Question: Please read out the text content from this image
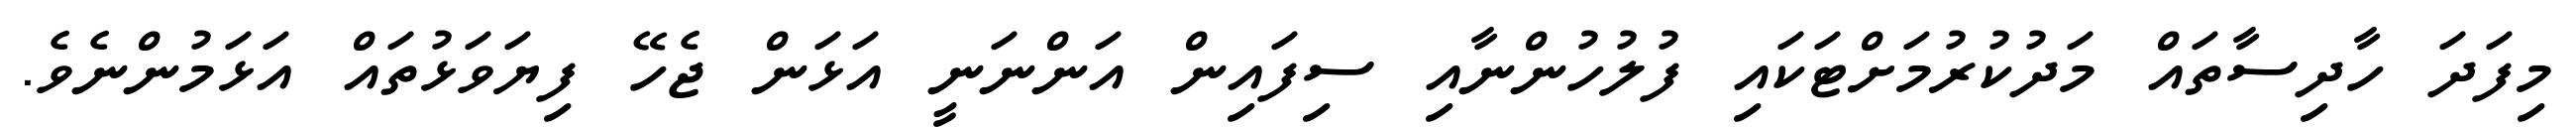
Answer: މިފަދަ ހާދިސާތައް މަދުކުރުމަށްޓަކައި ފުލުހުންނާއި ސިފައިން އަންނަނީ އަޅަން ޖެހޭ ފިޔަވަޅުތައް އަޅަމުންނެވެ.